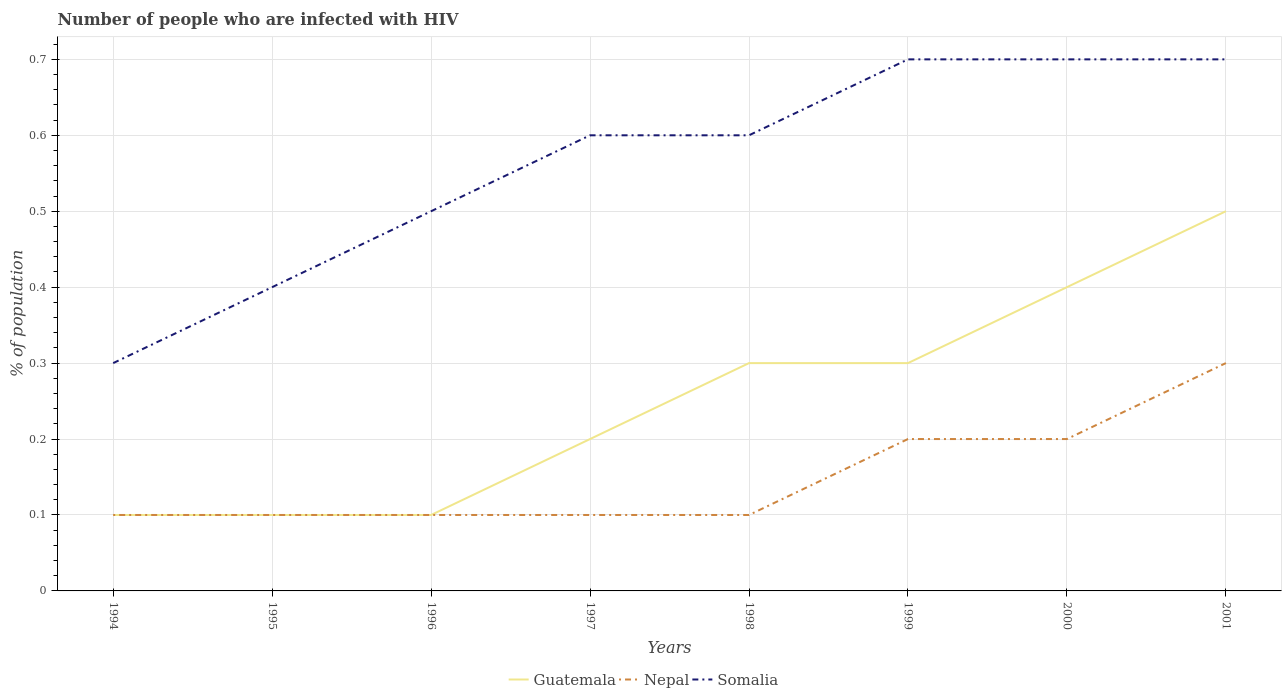
| Years | Guatemala | Nepal | Somalia |
 | --- | --- | --- | --- |
 | 1994 | 0.1 | 0.1 | 0.3 |
 | 1995 | 0.1 | 0.1 | 0.4 |
 | 1996 | 0.1 | 0.1 | 0.5 |
 | 1997 | 0.2 | 0.1 | 0.6 |
 | 1998 | 0.3 | 0.1 | 0.6 |
 | 1999 | 0.3 | 0.2 | 0.7 |
 | 2000 | 0.4 | 0.2 | 0.7 |
 | 2001 | 0.5 | 0.3 | 0.7 |